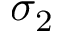
\sigma _ { 2 }